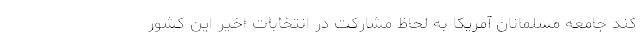
کند جامعه مسلمانان آمریکا به لحاظ مشارکت در انتخابات اخیر این کشور